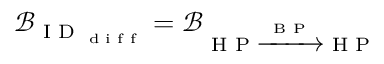
\mathcal { B } _ { \textrm { I D } _ { \textrm { d i f f } } } = \mathcal { B } _ { \textrm { H P } \xrightarrow { \textrm { B P } } \textrm { H P } }